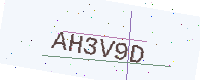
Text: AH3V9D